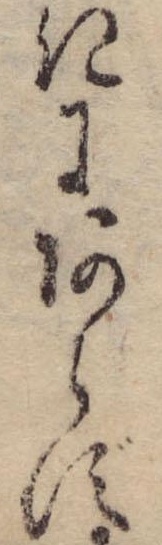
きにあらず